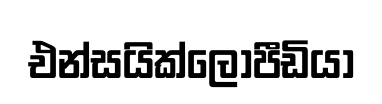
එන්සයික්ලෝපීඩියා